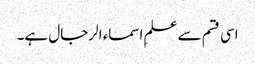
اسی قسم سے علمِ اسماء الرجال ہے۔